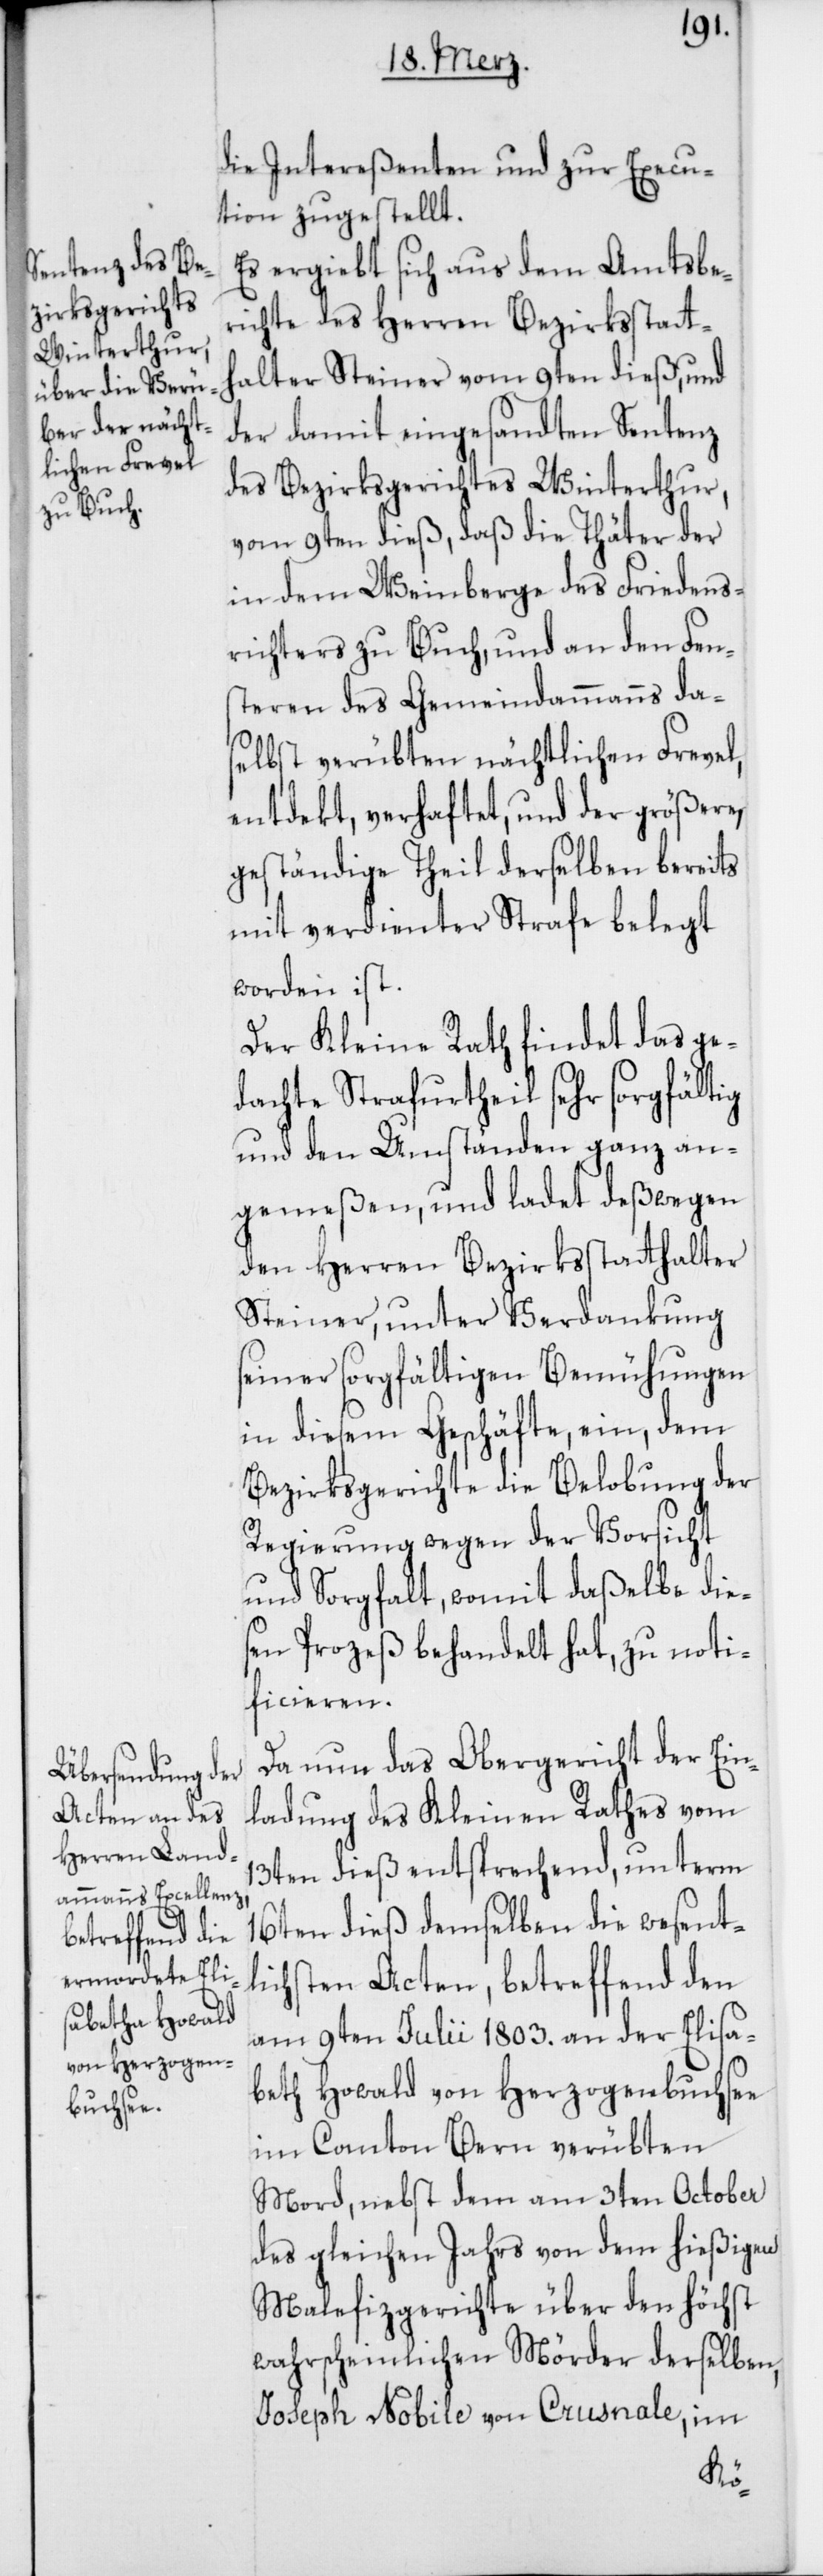
die Intereßenten und zur Execu¬
tion zugstellt.
Es ergiebt sich aus dem Amtsbe¬
richte des Herren Bezirksstatt¬
halter Steiner vom 9ten dieß, und
der damit eingesandten Sentenz
des Bezirksgerichtes Winterthur,
vom 9ten dieß, daß die Thäter der
in dem Weinberge des Friedens¬
richters zu Buch, und an den Fen¬
steren des Gemeindammanns das¬
elbst verübten nächtlichen Frevel,
entdeckt, verhaftet, und der größere,
geständige Theil derselben bereits
mit verdienter Strafe belegt
worden ist.
Der Kleine Rath findet das ge¬
dachte Strafurtheil sehr sorgfältig
und den Umständen ganz an¬
gemeßen, und ladet deßwegen
den Herren Bezirksstatthalter
Steiner, unter Verdankung
seiner sorgfältigen Bemühungen
in diesem Geschäfte, ein, dem
Bezirksgerichte die Belobung der
Regierung wegen der Vorsicht
und Sorgfalt, womit daßelbe die¬
sen Prozeß behandelt hat, zu noti¬
ficieren.
Da nun das Obergericht der Ein¬
ladung des Kleinen Rathes vom
13ten dieß entsprechend, unterm
16ten dieß demselben die wesent¬
lichsten Acten, betreffend den
am 9ten Juli 1803. an der Elisa¬
beth Howald von Herzogenbuchsee
im Canton Bern verübten
Mord, nebst dem am 3ten October
des gleichen Jahrs von dem hießigen
Malefizgerichte über den höchst
wahrscheinlichen Mörder derselben,
Joseph Nobile von Crusnale, im